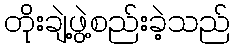
တိုးချဲ့ဖွဲ့စည်းခဲ့သည်